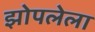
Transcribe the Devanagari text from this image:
झोपलेला